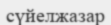
сүйелжазар